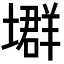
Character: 𡑱